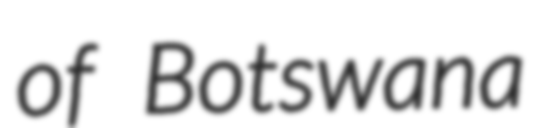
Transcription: of Botswana